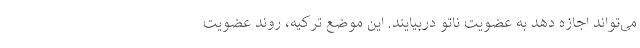
می‌تواند اجازه دهد به عضویت ناتو دربیایند. این موضع ترکیه، روند عضویت